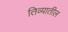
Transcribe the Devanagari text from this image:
तिव्यातील